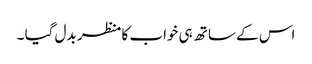
اس کے ساتھ ہی خواب کا منظر بدل گیا ۔